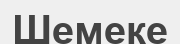
Шемеке